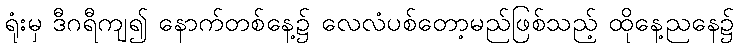
ရုံးမှ ဒီဂရီကျ၍ နောက်တစ်နေ့၌ လေလံပစ်တော့မည်ဖြစ်သည့် ထိုနေ့ညနေ၌